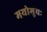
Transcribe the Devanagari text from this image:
मयोभुवः